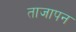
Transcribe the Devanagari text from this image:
ताजापन